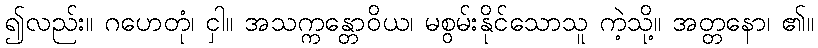
၍လည်း။ ဂဟေတုံ၊ ငှါ။ အသက္ကန္တောဝိယ၊ မစွမ်းနိုင်သောသူ ကဲ့သို့။ အတ္တနော၊ ၏။